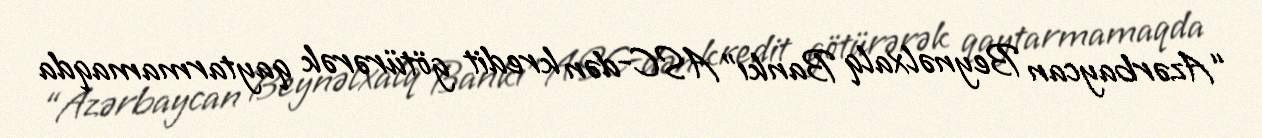
“Azərbaycan Beynəlxalq Bankı” ASC-dən kredit götürərək qaytarmamaqda